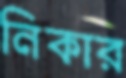
নিকার